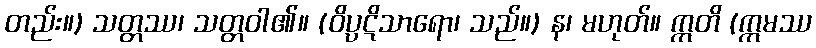
တည်း။) သတ္တဿ၊ သတ္တဝါ၏။ (ဝိပ္ပဋိသာရော၊ သည်။) န၊ မဟုတ်။ ဣတိ (ဣမဿ